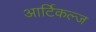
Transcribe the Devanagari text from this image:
आर्टिकल्ज